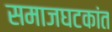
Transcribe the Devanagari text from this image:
समाजघटकांत